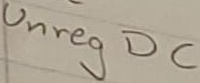
Text: Unreg DC